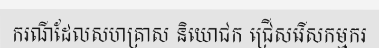
ករណីដែលសហគ្រាស និយោជក ជ្រើសរើសកម្មករ